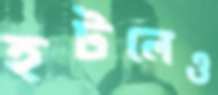
হটলেও